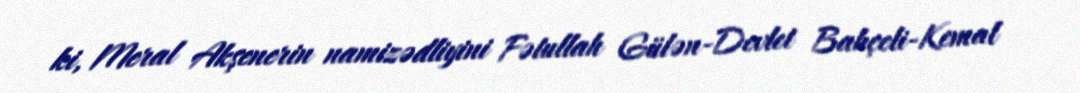
ki, Meral Akşenerin namizədliyini Fətullah Gülən-Devlet Bahçeli-Kemal